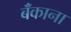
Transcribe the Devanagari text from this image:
बॅंकाना